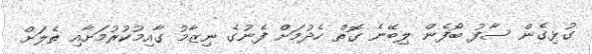
ގުޅިގެން ސާފު ބޯފެން ލިބޭނެ ގޮތް ހެދުމަށް ފެނުގެ ނިޒާމު ގާއިމުކުރުމަށާއި ތެލަށް